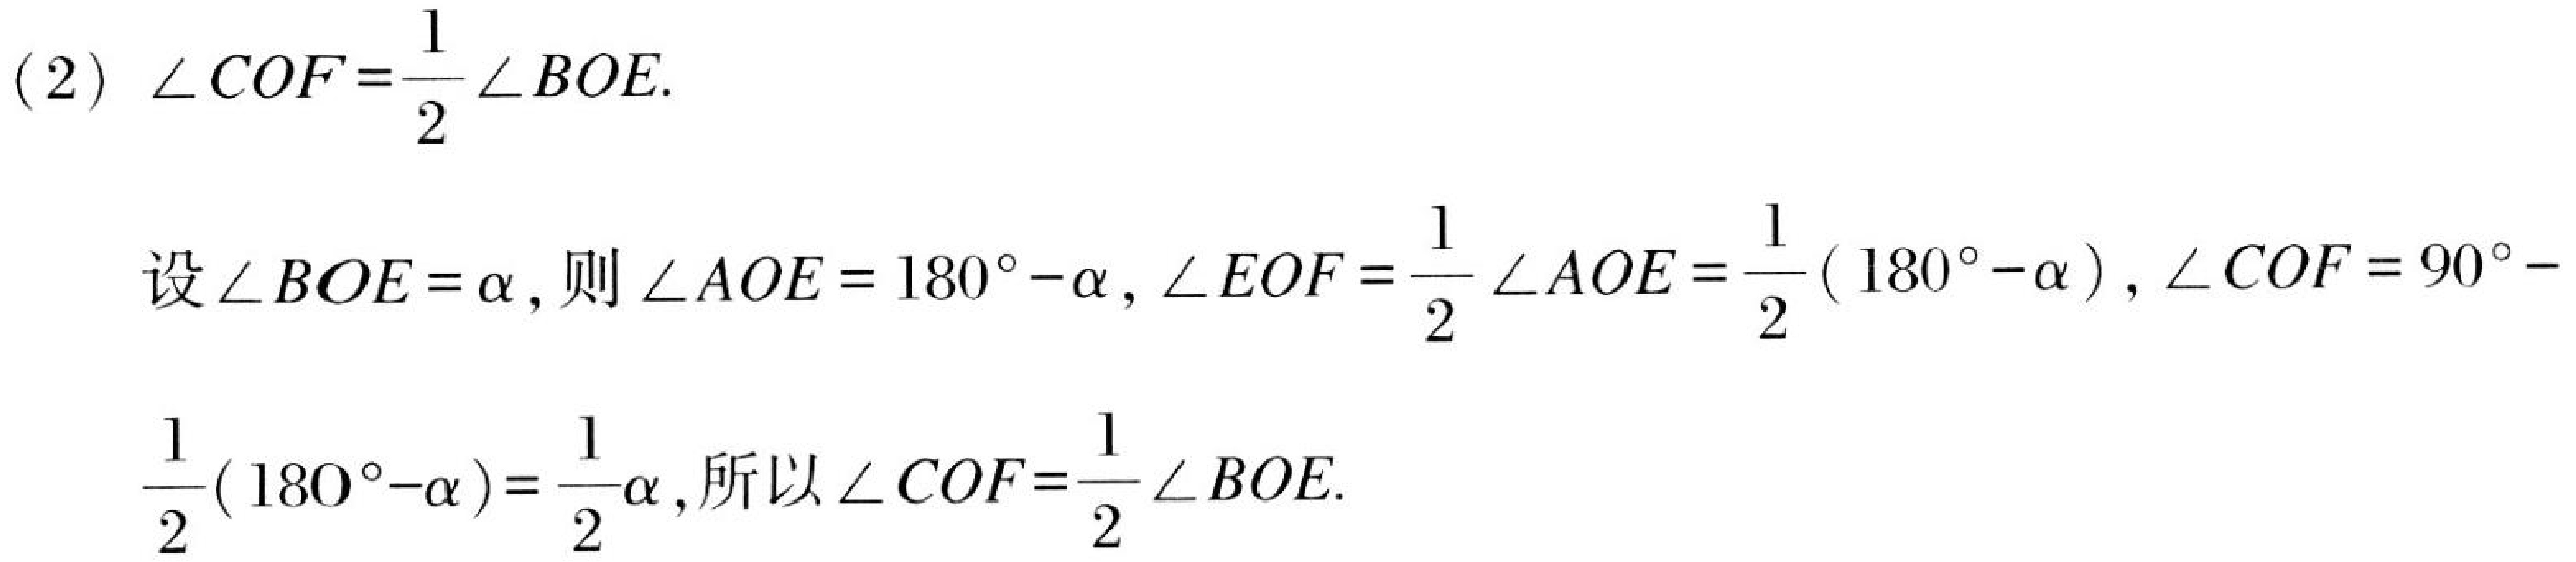
(2) \(\angle COF=\frac{1}{2}\angle BOE\).
设\(\angle BOE=\alpha\), 则\(\angle AOE = 180^{\circ}-\alpha,\angle EOF=\frac{1}{2}\angle AOE=\frac{1}{2}(180^{\circ}-\alpha),\angle COF = 90^{\circ}-
\frac{1}{2}(180^{\circ}-\alpha)=\frac{1}{2}\alpha\), 所以\(\angle COF=\frac{1}{2}\angle BOE\).